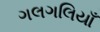
ગલગલિયાઁ